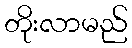
တိုးလာမည်